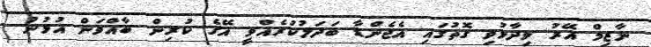
ނާޒިމް އޭރު ވިދާޅުވި ގޮތުގައި އެޖެންޑާ ބަދަލުކުރެއްވީ އޭގެ ކުރިން ބާއްވަން އުޅުނު